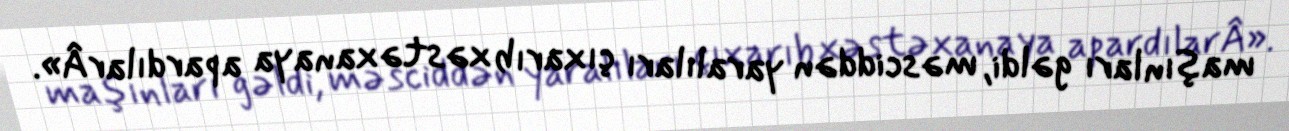
maşınları gəldi, məsciddən yaralıları çıxarıb xəstəxanaya apardılarÂ».